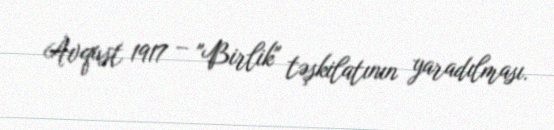
Avqust 1917 – "Birlik" təşkilatının yaradılması.